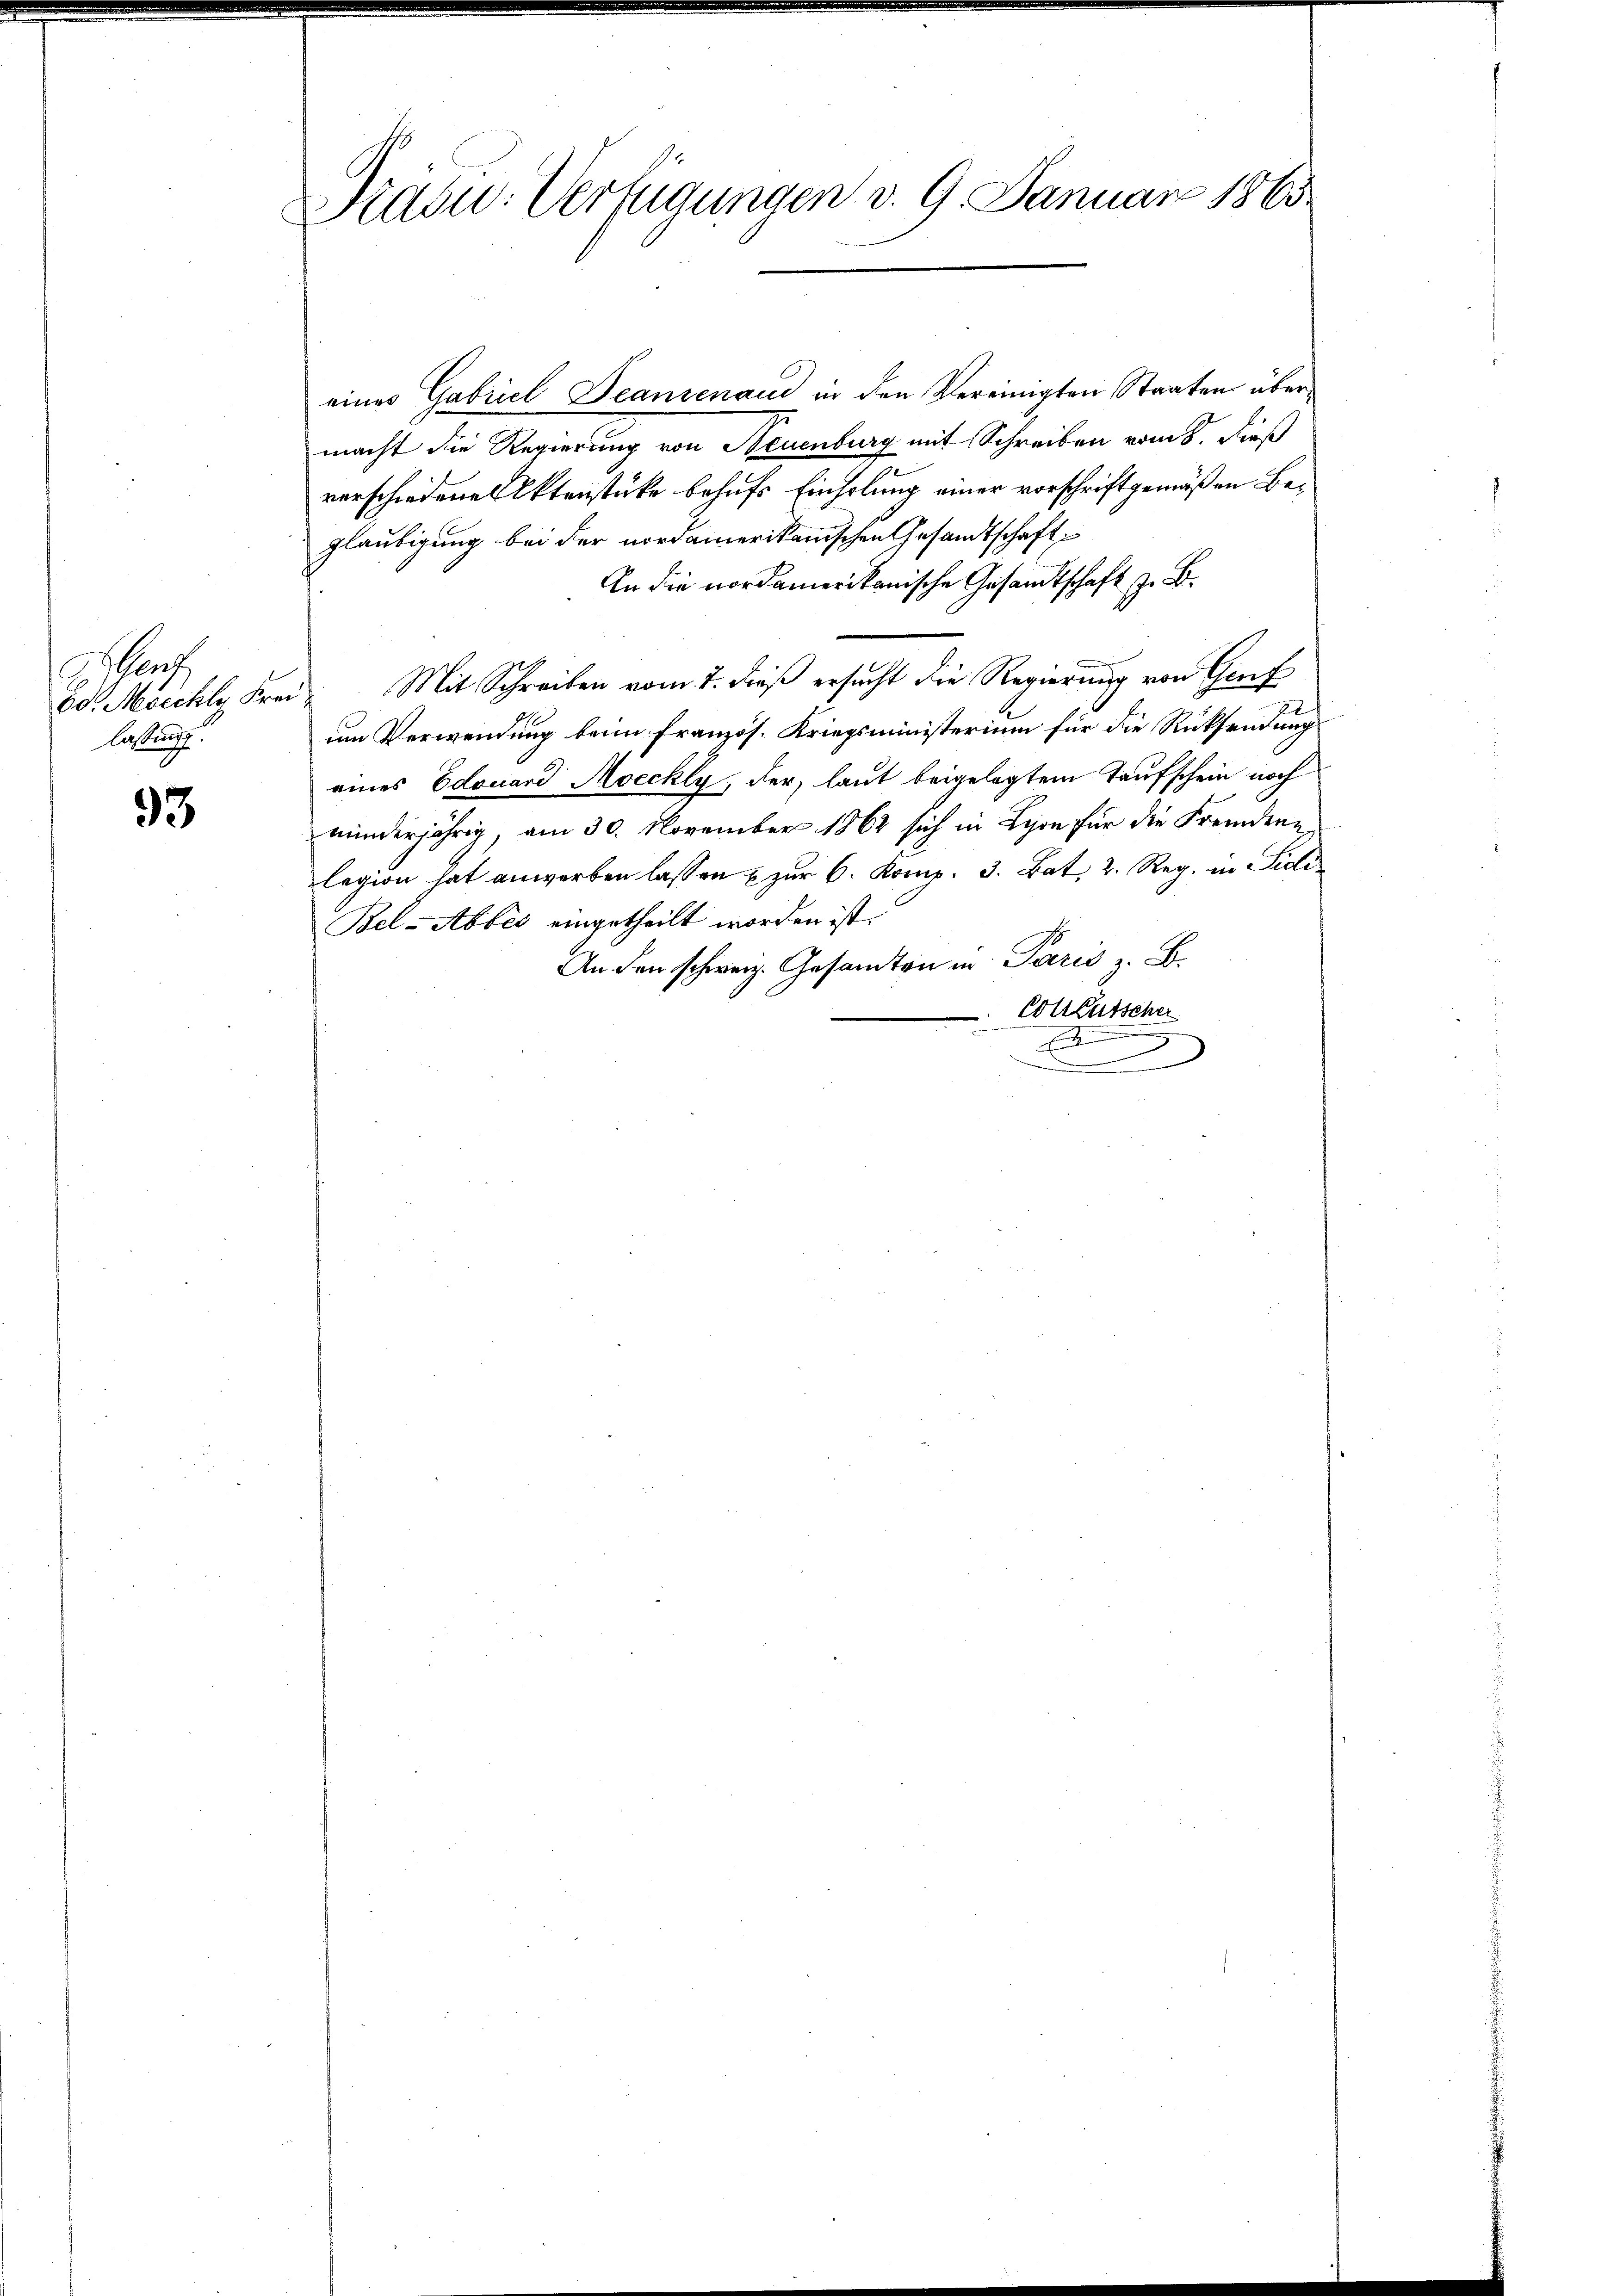
e
Bo. Moechte Fre
lassung.

93

Präsid.- Verfügungen v. 9. Januar 1865

eines Gabriel Teanzenaud in den Vereinigten Staaten übermacht die Regierung von Neuenburg mit Schreiben vom 8. Dieß
verschiedenes Aktenstücke behufs Einholung einer vorschriftgemäßen Begläubigung bei der nordamerikanischen Gesandtschaft
An die nordamerikanische Gesandtschaft z. B.
Mit Schreiben vom 7. dieβ ersucht die Regierung von Genf
um Verwendung beim französ. Kriegsministerium für die Rücksendung
eines Edouard Moechly, der laut beigelegtem Taufschein noch
minderjährig, am 30. November 1862 sich in Lyon für die Fremdenlegion hat anworben lassen u zŭr 6. Komp. 3. Bat. 2. Reg. in Sidle
Bel-Abtes eingetheilt worden ist.
An den schweiz. Gesamten in Paris z. B.
Cotlütscher
E
2